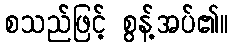
စသည်ဖြင့် စွန့်အပ်၏။